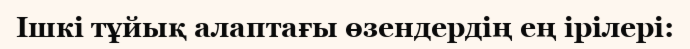
Ішкі тұйық алаптағы өзендердің ең ірілері: